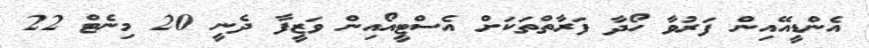
އެންޑީއޭއިން ފަރުވާ ހޯދާ ފަރާތްތަކަށް އެސްޓީއޯއިން ވަޒީފާ ދެނީ 20 މިނެޓް 22